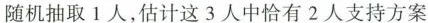
随机抽取1人，估计这3人中恰有2人支持方案